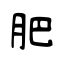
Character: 肥